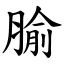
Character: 腧